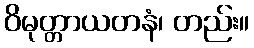
ဝိမုတ္တာယတနံ၊ တည်း။